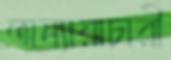
অন্যায়াচারী